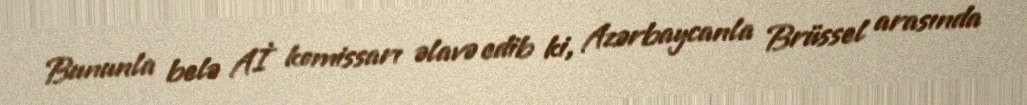
Bununla belə Aİ komissarı əlavə edib ki, Azərbaycanla Brüssel arasında